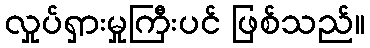
လှုပ်ရှားမှုကြီးပင် ဖြစ်သည်။